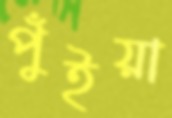
পুঁইয়া